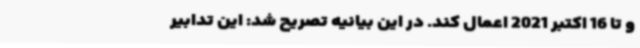
و تا 16 اکتبر 2021 اعمال کند. در این بیانیه تصریح شد: این تدابیر